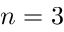
n = 3